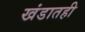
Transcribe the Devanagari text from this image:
खंडातही